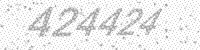
Solution: 424424